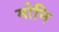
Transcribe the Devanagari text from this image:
मोनि